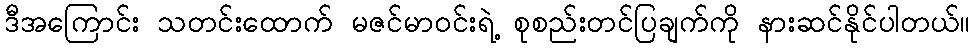
ဒီအကြောင်း သတင်းထောက် မဇင်မာဝင်းရဲ့ စုစည်းတင်ပြချက်ကို နားဆင်နိုင်ပါတယ်။